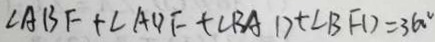
\angle A B F + \angle A D F + \angle B A D + \angle B F D = 3 6 0 ^ { \circ }